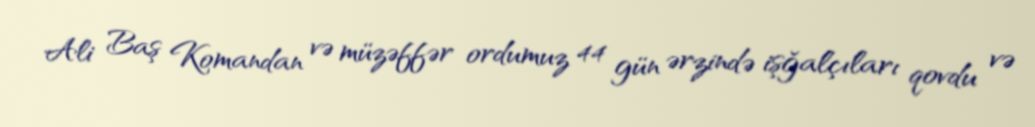
Ali Baş Komandan və müzəffər ordumuz 44 gün ərzində işğalçıları qovdu və